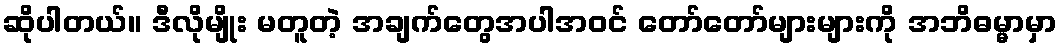
ဆိုပါတယ်။ ဒီလိုမျိုး မတူတဲ့ အချက်တွေအပါအဝင် တော်တော်များများကို အဘိဓမ္မာမှာ